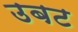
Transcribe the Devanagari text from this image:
उबट